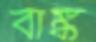
বাঙ্ক